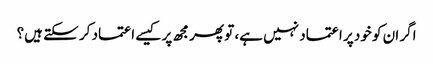
اگر ان کو خود پر اعتماد نہیں ہے، تو پھر مجھ پر کیسے اعتماد کر سکتے ہیں؟